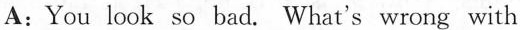
A：You look so bad. What's wrong with